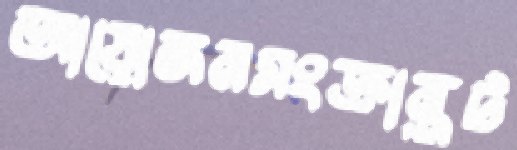
আয়োজনসংক্রান্তট